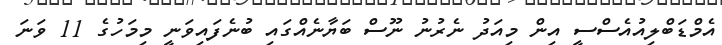
އެމްޑަބްލިއުއެސްސީ އިން މިއަދު ނެރުނު ނޫސް ބަޔާނެއްގައި ބުނެފައިވަނީ މިމަހުގެ 11 ވަނަ